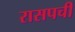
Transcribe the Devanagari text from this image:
रासपची